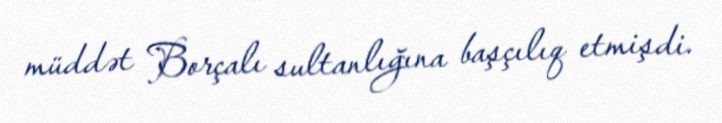
müddət Borçalı sultanlığına başçılıq etmişdi.